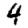
Digit: 4